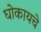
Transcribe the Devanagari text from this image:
घोकायचे